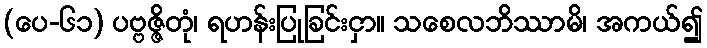
(ပေ-၆၁) ပဗ္ဗဇ္ဇိတုံ၊ ရဟန်းပြုခြင်းငှာ။ သစေလဘိဿာမိ၊ အကယ်၍